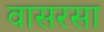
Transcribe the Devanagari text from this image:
वासरसा